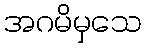
အဂမိမှသေ